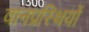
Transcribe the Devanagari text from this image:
वानप्रस्थियों